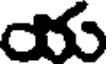
య